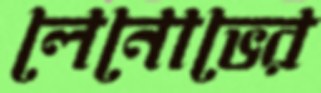
লেনোভের